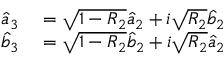
\begin{array} { r l r } { \hat { a } _ { 3 } } & { { } = \sqrt { 1 - R _ { 2 } } \hat { a } _ { 2 } + i \sqrt { R _ { 2 } } \hat { b } _ { 2 } } & { } \\ { \hat { b } _ { 3 } } & { { } = \sqrt { 1 - R _ { 2 } } \hat { b } _ { 2 } + i \sqrt { R _ { 2 } } \hat { a } _ { 2 } } & { } \end{array}